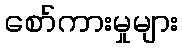
စော်ကားမှုများ